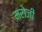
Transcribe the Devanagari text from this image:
मरोजी